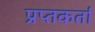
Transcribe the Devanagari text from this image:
प्रप्तकर्ता